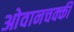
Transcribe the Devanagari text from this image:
ओवानचक्की